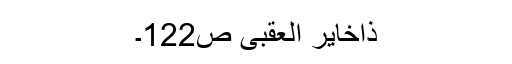
ذاخایر العقبی ص122۔